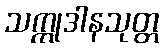
သက္ကုဒါနသုတ္တ